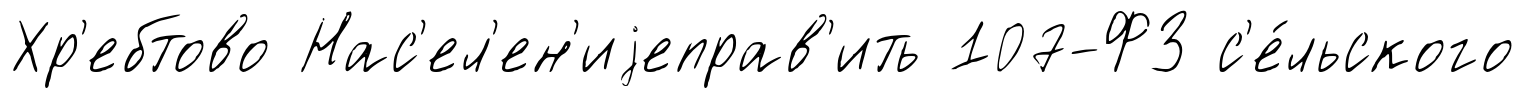
Хр'ебтово Нас'ел'ен'иjеправ'ить 107-ФЗ с'е́льского